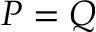
P = Q